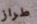
طراز